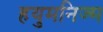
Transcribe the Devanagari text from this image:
हयुमनिज्म